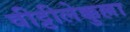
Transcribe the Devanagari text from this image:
वीट्टीलेक्कुल्ला